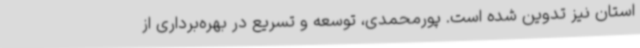
استان نیز تدوین شده است. پورمحمدی، توسعه و تسریع در بهره‌برداری از